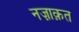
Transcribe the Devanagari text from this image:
नज़ाक़त